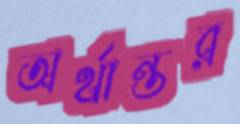
অর্থান্তর